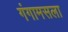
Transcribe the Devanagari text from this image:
गंगामसला